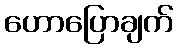
ဟောပြောချက်